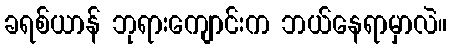
ခရစ်ယာန် ဘုရားကျောင်းက ဘယ်နေရာမှာလဲ။